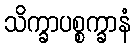
သိက္ခာပစ္စက္ခာနံ